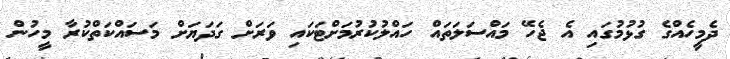
ދެމީހެއްގެ ގުުޅުމުގައި އެ ޖެހޭ މައްސަލަތައް ހައްލުކުުރުމަށްޓަަކައި ވަރަށް ގަދަޔަށް މަސައްކަތްކުރާ މީހުން